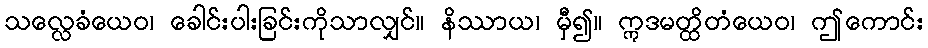
သလ္လေခံယေဝ၊ ခေါင်းပါးခြင်းကိုသာလျှင်။ နိဿာယ၊ မှီ၍။ ဣဒမတ္ထိတံယေဝ၊ ဤကောင်း